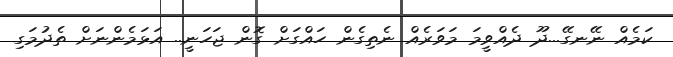
ކަމެއް ނޭނގޭ...ދޫ ދެއްވީމަ މަވަރެއް ނެތިގެން ހައްގަށް ގޮން ޖަހަނީ.. އަޅަމެންނަށް ތެދުމަގި